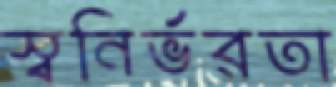
স্বনির্ভরতা